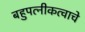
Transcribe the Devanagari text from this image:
बहुपत्‍नीकत्वाचे